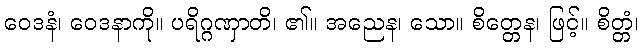
ဝေဒနံ၊ ဝေဒနာကို။ ပရိဂ္ဂဏှာတိ၊ ၏။ အညေန၊ သော။ စိတ္တေန၊ ဖြင့်။ စိတ္တံ၊